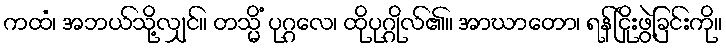
ကထံ၊ အဘယ်သို့လျှင်။ တသ္မိံ ပုဂ္ဂလေ၊ ထိုပုဂ္ဂိုလ်၏။ အာဃာတော၊ ရန်ငြိုးဖွဲ့ခြင်းကို။